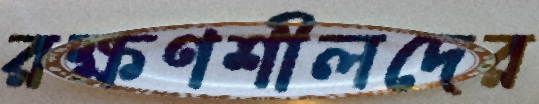
রক্ষণশীলদের